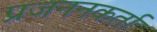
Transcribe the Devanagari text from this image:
प्रजननकर्ता